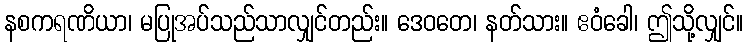
နစကရဏိယာ၊ မပြုအပ်သည်သာလျှင်တည်း။ ဒေဝတေ၊ နတ်သား။ ဧဝံခေါ၊ ဤသို့လျှင်။